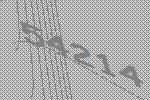
54214